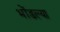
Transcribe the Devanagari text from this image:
भोंडल्या